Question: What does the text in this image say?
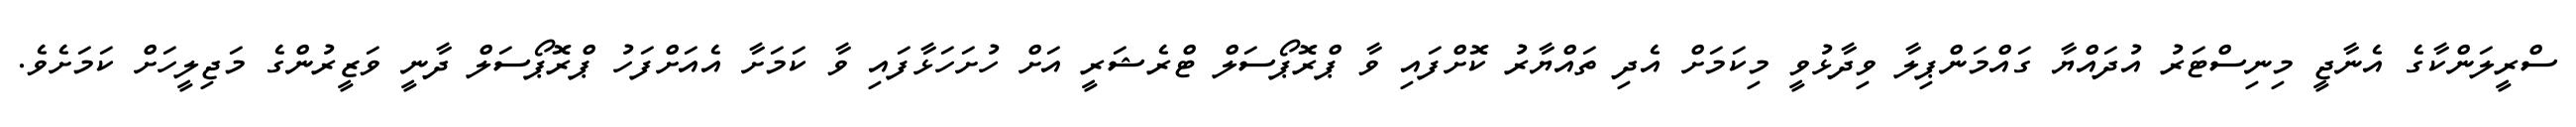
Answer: ސްރީލަންކާގެ އެނާޖީ މިނިސްޓަރު އުދައްޔާ ގައްމަންޕިލާ ވިދާޅުވީ މިކަމަށް އެދި ތައްޔާރު ކޮށްފައި ވާ ޕްރޮޕޯސަލް ޓްރެޝަރީ އަށް ހުށަހަޅާފައި ވާ ކަމަށާ އެއަށްފަހު ޕްރޮޕޯސަލް ދާނީ ވަޒީރުންގެ މަޖިލީހަށް ކަމަށެވެ.